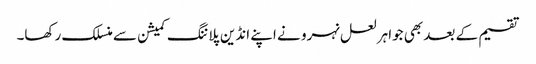
تقسیم کے بعد بھی جواہر لعل نہرو نے اپنے انڈین پلاننگ کمیشن سے منسلک رکھا۔